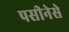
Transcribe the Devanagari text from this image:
पसीनेसे